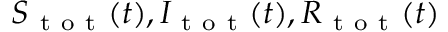
S _ { \mathrm { ~ t ~ o ~ t ~ } } ( t ) , I _ { \mathrm { ~ t ~ o ~ t ~ } } ( t ) , R _ { \mathrm { ~ t ~ o ~ t ~ } } ( t )